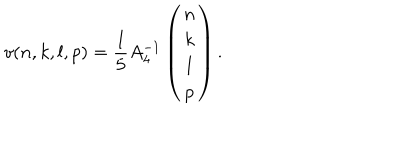
v ( n , k , l , p ) = \frac { 1 } { 5 } A _ { 4 } ^ { - 1 } \left( \begin{array} { c } { { n } } \\ { { k } } \\ { { l } } \\ { { p } } \\ \end{array} \right) .